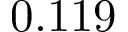
0 . 1 1 9